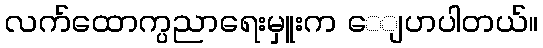
လက်ထောက္ပညာရေးမှူးက ေျပာပါတယ်။